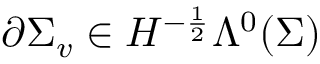
\partial \Sigma _ { v } \in H ^ { - \frac { 1 } { 2 } } \Lambda ^ { 0 } ( \Sigma )